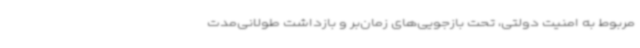
مربوط به امنیت دولتی، تحت بازجویی‌های زمان‌بر و بازداشت طولانی‌مدت